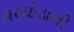
વરઘોડાની